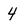
Character: 4